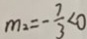
m _ { 2 } = - \frac { 7 } { 3 } < 0